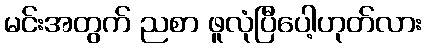
မင်းအတွက် ညစာ ဖူလုံပြီပေါ့ဟုတ်လား